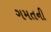
ગમતની